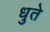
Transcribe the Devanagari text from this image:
धुते